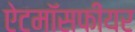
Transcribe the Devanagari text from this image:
ऐटमॉसफीयर